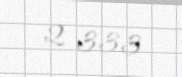
2 333